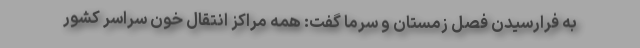
به فرارسیدن فصل زمستان و سرما گفت: همه مراکز انتقال خون سراسر کشور